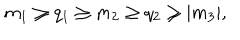
LaTeX: m _ { 1 } \ge q _ { 1 } \ge m _ { 2 } \ge q _ { 2 } \ge \vert m _ { 3 } \vert ,